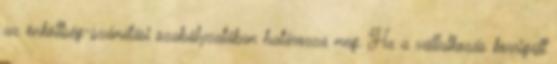
az önköltség-számítási szabályzatában határozza meg. Ha a vállalkozás korrigált